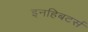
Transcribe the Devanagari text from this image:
इनहिबटर्स